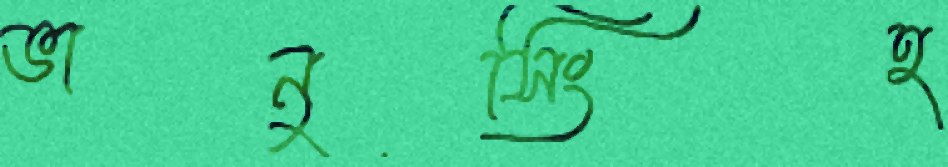
ভানুসিংহ